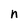
Character: n